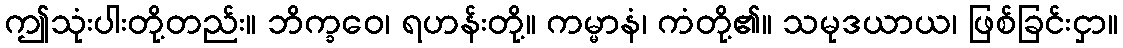
ဤသုံးပါးတို့တည်း။ ဘိက္ခဝေ၊ ရဟန်းတို့။ ကမ္မာနံ၊ ကံတို့၏။ သမုဒယာယ၊ ဖြစ်ခြင်းငှာ။